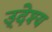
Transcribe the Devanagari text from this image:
उ्देश्य